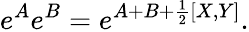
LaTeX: e^{A}e^{B}=e^{A+B+\frac{1}{2}[X,Y]}.